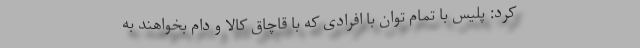
کرد: پلیس با تمام توان با افرادی که با قاچاق کالا و دام بخواهند به